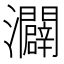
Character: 𪸌